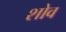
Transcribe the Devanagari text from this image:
शोव